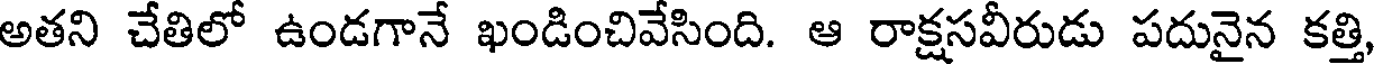
అతని చేతిలో ఉండగానే ఖండించివేసింది. ఆ రాక్షసవీరుడు పదునైన కత్తి